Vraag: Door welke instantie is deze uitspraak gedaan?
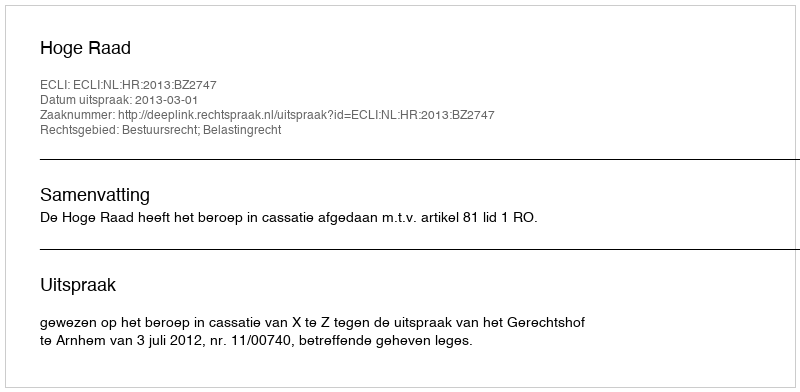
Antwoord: Hoge Raad